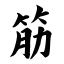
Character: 筋